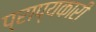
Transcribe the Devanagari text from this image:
प्राप्यकारी